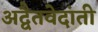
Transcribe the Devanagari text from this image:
अद्वैतवेदांती